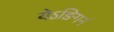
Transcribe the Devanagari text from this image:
येऽङिगनं